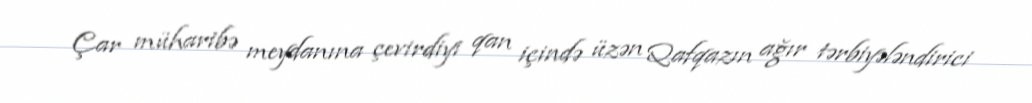
Çar müharibə meydanına çevirdiyi qan içində üzən Qafqazın ağır tərbiyələndirici